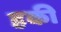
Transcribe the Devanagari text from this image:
हकी